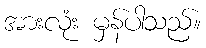
အားလုံး မှန်ပါသည်။